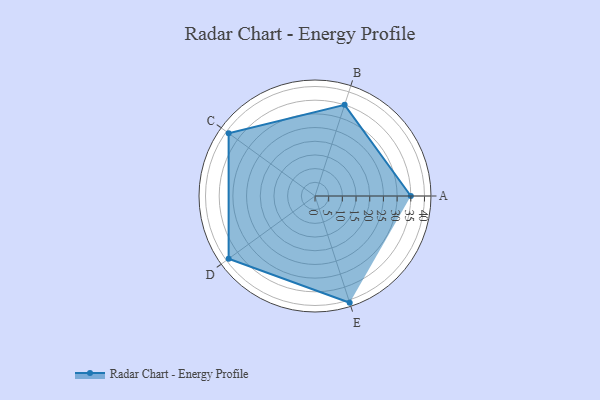
{"axis": {"x": "Skill", "y": "Score"}, "legend": ["Profile"], "data": [{"x": "A", "y": 35.0, "type": "Profile"}, {"x": "B", "y": 35.0, "type": "Profile"}, {"x": "C", "y": 39.0, "type": "Profile"}, {"x": "D", "y": 39.0, "type": "Profile"}, {"x": "E", "y": 41.0, "type": "Profile"}]}